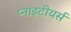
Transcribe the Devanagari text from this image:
प्नाइटीयर्स